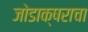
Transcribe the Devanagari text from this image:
जोडाक्षराचा